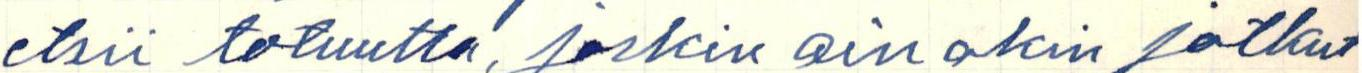
etsii totuutta, joskin ainakin jotkut